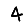
Digit: 4